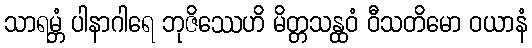
သာရမ္ဘံ ပါနာဂါရေ ဘုဇိဿေဟိ မိတ္တသန္ထဝံ ဝီသတိမော ဝယာနံ